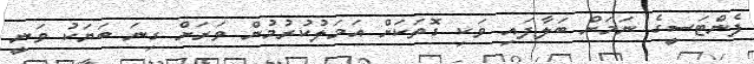
ފެންޓަސީގެ ނަމަށް ބަލާފައި ވަކި ގޮތަކަށް އަމަލުކުރުމުން ވަރަށް ގިނަ ބަޔަކު ވަނީ